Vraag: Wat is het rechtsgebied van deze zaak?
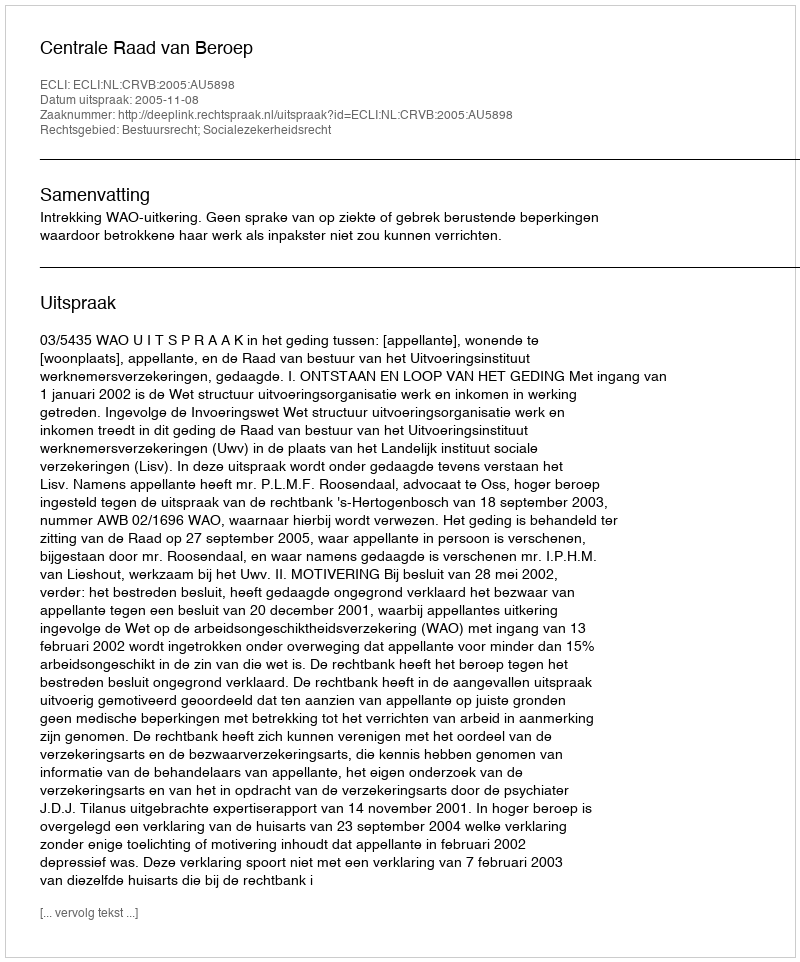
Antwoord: Bestuursrecht; Socialezekerheidsrecht